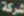
شركة